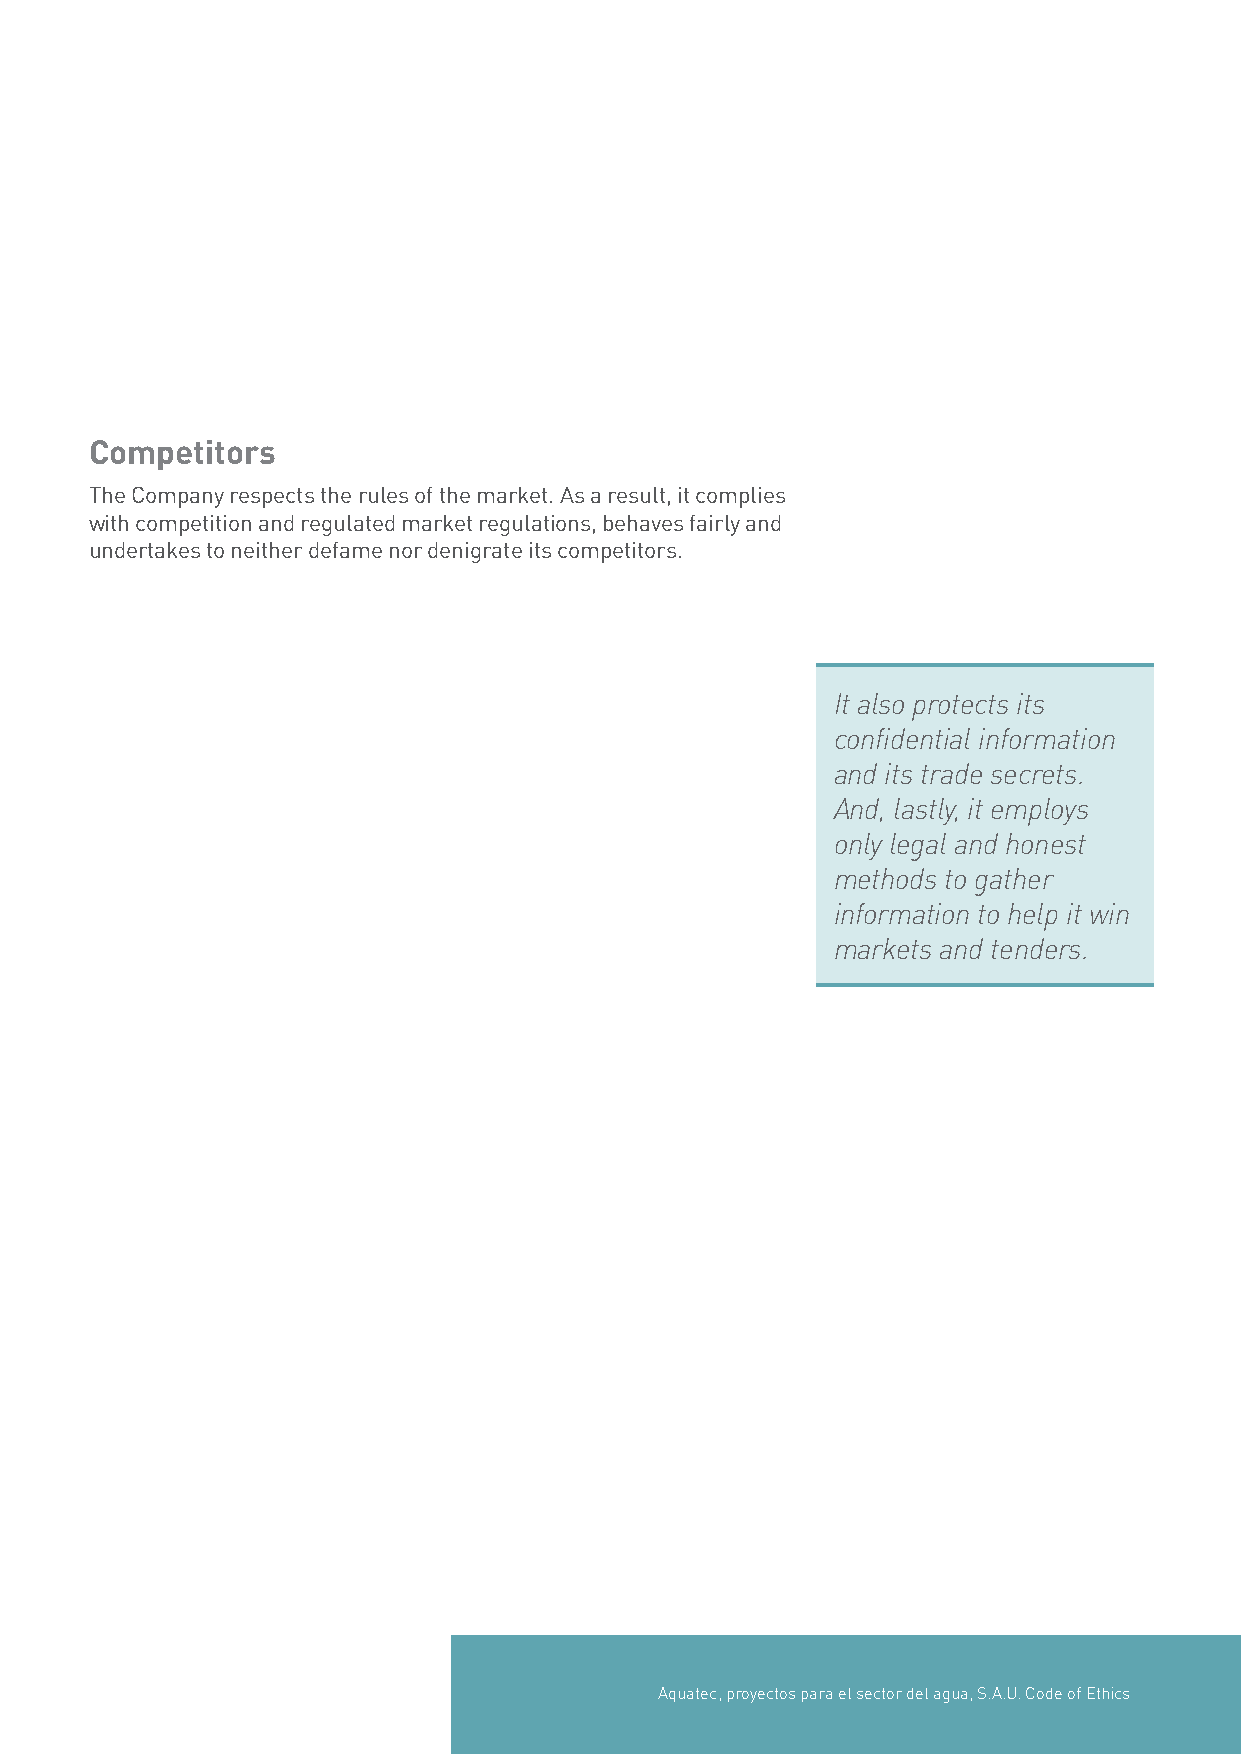
Competitors
 The Company respects the rules of the market. As a result, it complies
 with competition and regulated market regulations, behaves fairly and
 undertakes to neither defame nor denigrate its competitors.
 It also protects its
 confidential information
 and its trade secrets.
 And, lastly, it employs
 only legal and honest
 methods to gather
 information to help it win
 markets and tenders.
 Aquatec, proyectos para el sector del agua, S.A.U. Code of Ethics